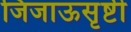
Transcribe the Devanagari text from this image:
जिजाऊसृष्टी